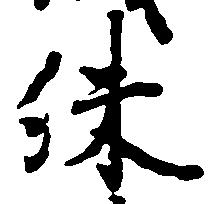
殊